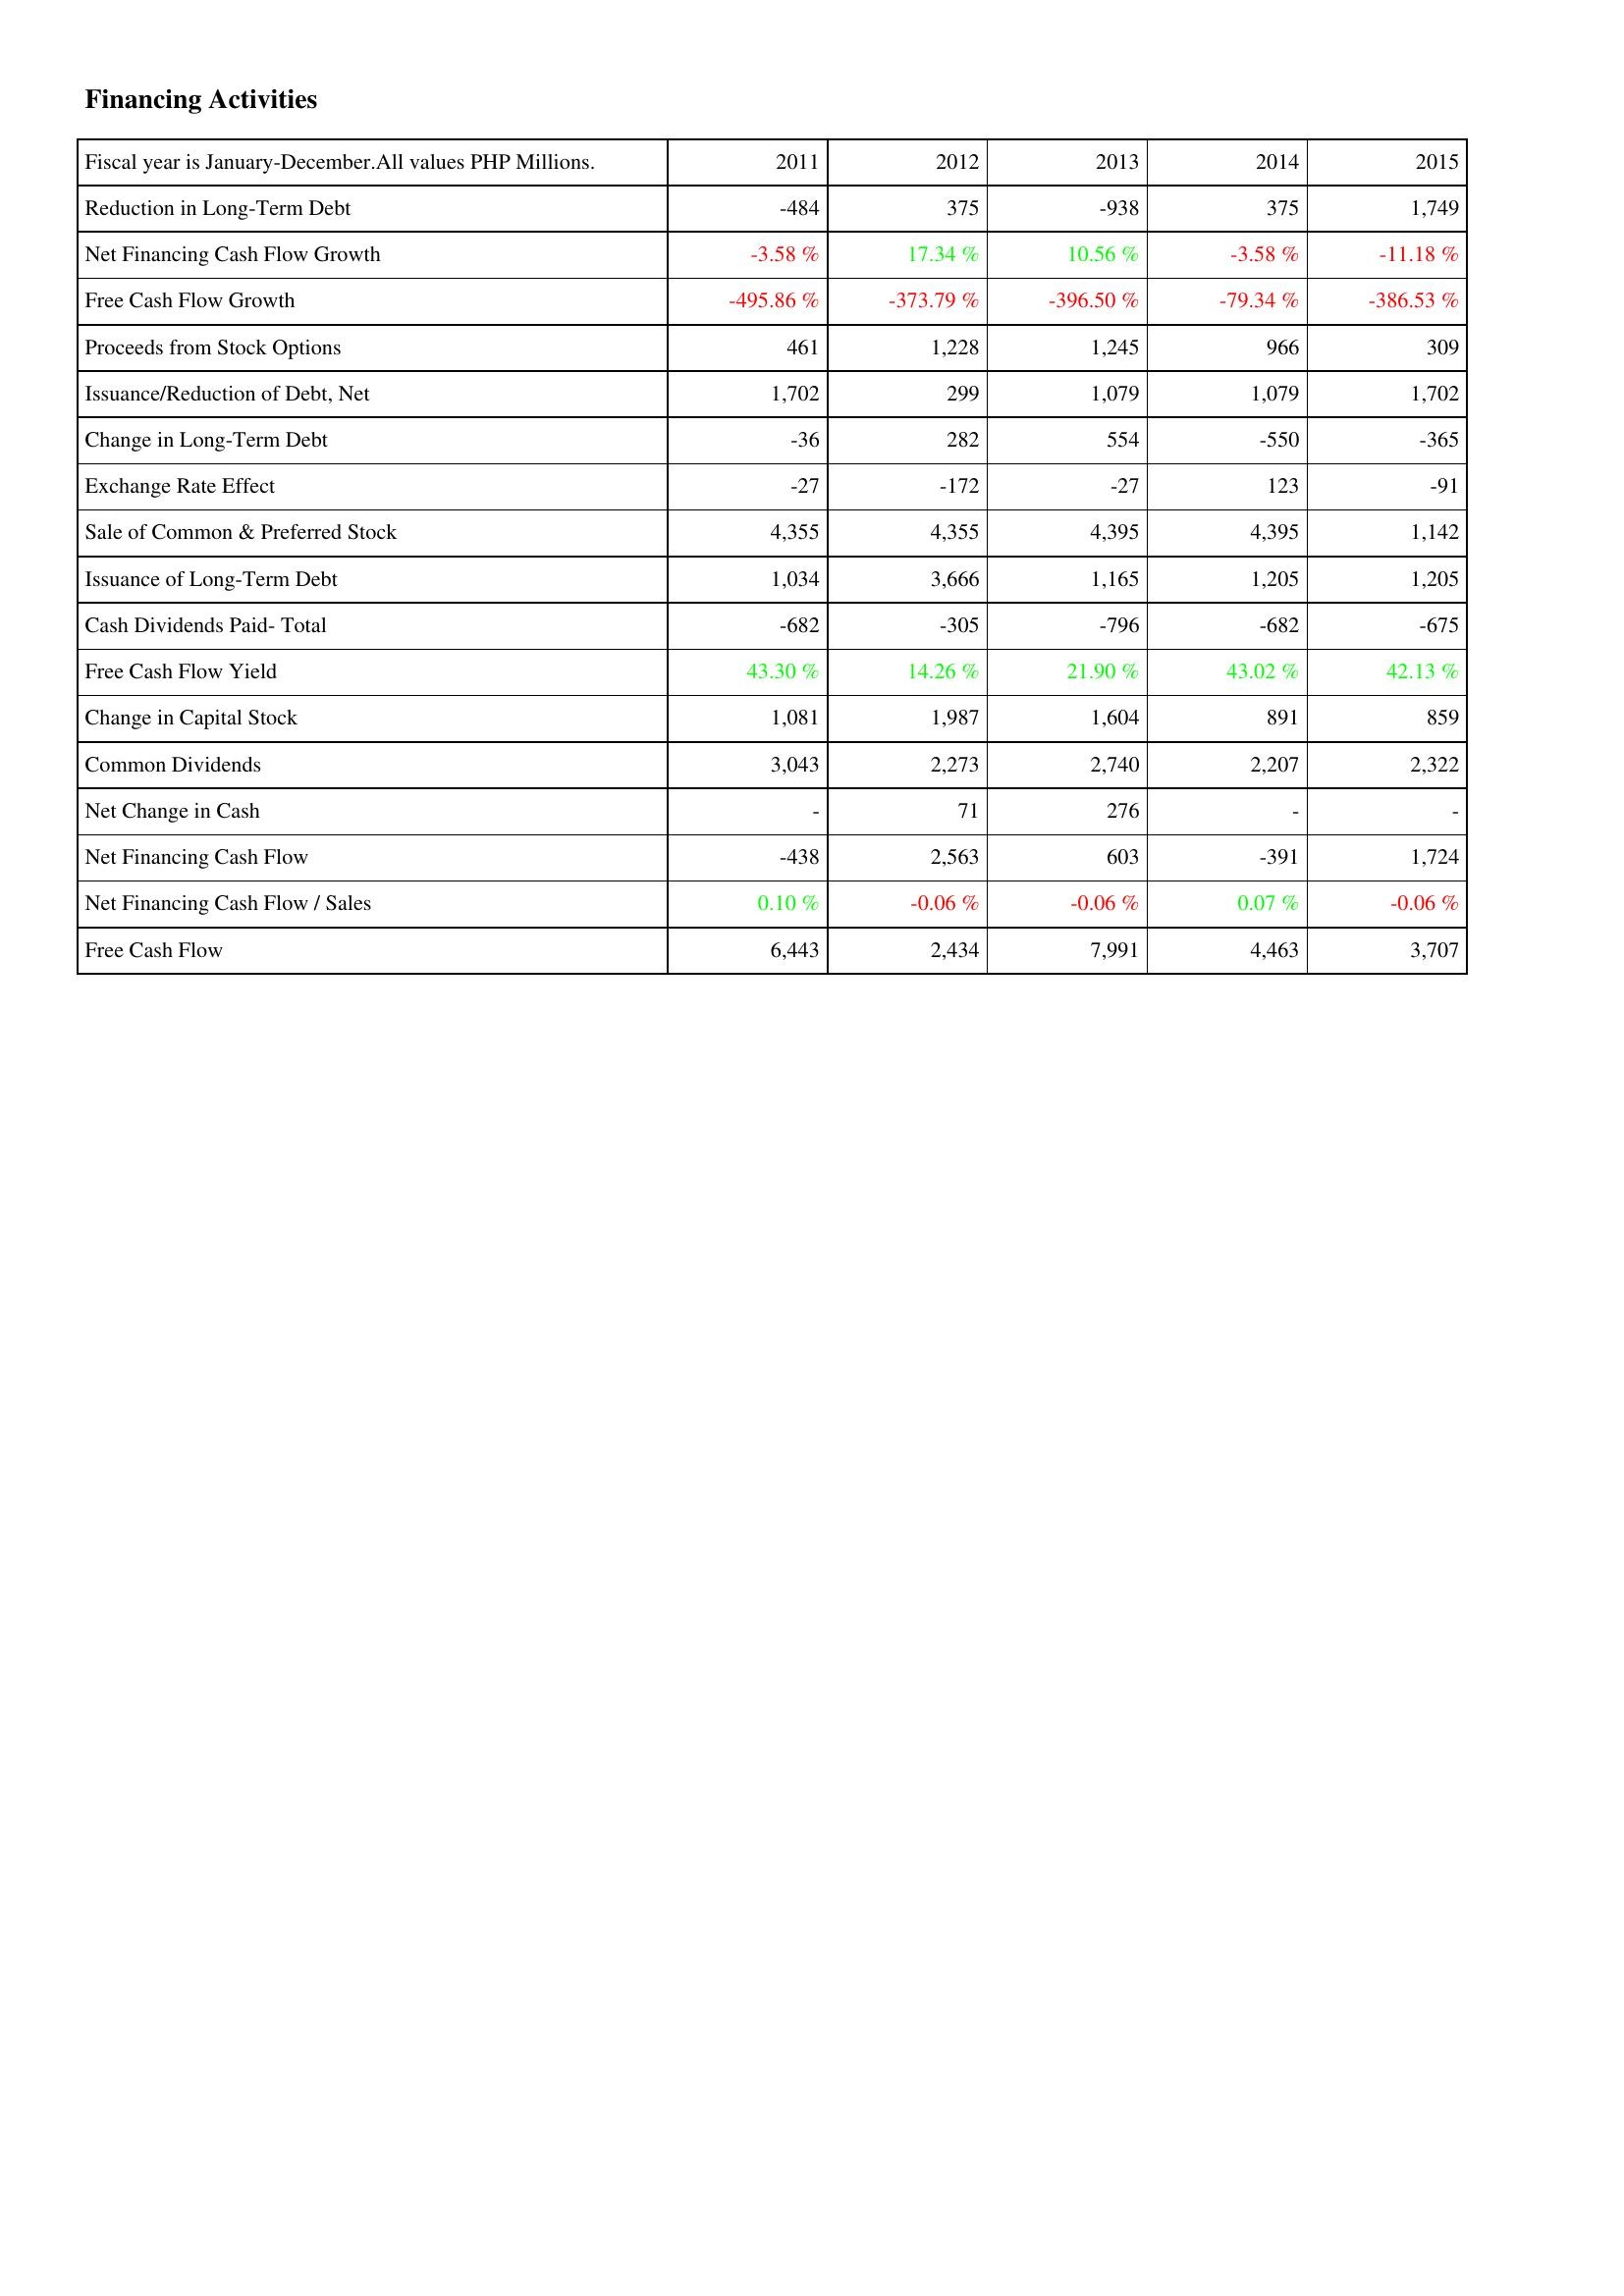
2011: Financing Activities: Reduction in Long-Term Debt: -484
Net Financing Cash Flow Growth: -3.58 %
Free Cash Flow Growth: -495.86 %
Proceeds from Stock Options: 461
Issuance/Reduction of Debt, Net: 1,702
Change in Long-Term Debt: -36
Exchange Rate Effect: -27
Sale of Common & Preferred Stock: 4,355
Issuance of Long-Term Debt: 1,034
Cash Dividends Paid- Total: -682
Free Cash Flow Yield: 43.30 %
Change in Capital Stock: 1,081
Common Dividends: 3,043
Net Change in Cash: -
Net Financing Cash Flow: -438
Net Financing Cash Flow / Sales: 0.10 %
Free Cash Flow: 6,443
2012: Financing Activities: Reduction in Long-Term Debt: 375
Net Financing Cash Flow Growth: 17.34 %
Free Cash Flow Growth: -373.79 %
Proceeds from Stock Options: 1,228
Issuance/Reduction of Debt, Net: 299
Change in Long-Term Debt: 282
Exchange Rate Effect: -172
Sale of Common & Preferred Stock: 4,355
Issuance of Long-Term Debt: 3,666
Cash Dividends Paid- Total: -305
Free Cash Flow Yield: 14.26 %
Change in Capital Stock: 1,987
Common Dividends: 2,273
Net Change in Cash: 71
Net Financing Cash Flow: 2,563
Net Financing Cash Flow / Sales: -0.06 %
Free Cash Flow: 2,434
2013: Financing Activities: Reduction in Long-Term Debt: -938
Net Financing Cash Flow Growth: 10.56 %
Free Cash Flow Growth: -396.50 %
Proceeds from Stock Options: 1,245
Issuance/Reduction of Debt, Net: 1,079
Change in Long-Term Debt: 554
Exchange Rate Effect: -27
Sale of Common & Preferred Stock: 4,395
Issuance of Long-Term Debt: 1,165
Cash Dividends Paid- Total: -796
Free Cash Flow Yield: 21.90 %
Change in Capital Stock: 1,604
Common Dividends: 2,740
Net Change in Cash: 276
Net Financing Cash Flow: 603
Net Financing Cash Flow / Sales: -0.06 %
Free Cash Flow: 7,991
2014: Financing Activities: Reduction in Long-Term Debt: 375
Net Financing Cash Flow Growth: -3.58 %
Free Cash Flow Growth: -79.34 %
Proceeds from Stock Options: 966
Issuance/Reduction of Debt, Net: 1,079
Change in Long-Term Debt: -550
Exchange Rate Effect: 123
Sale of Common & Preferred Stock: 4,395
Issuance of Long-Term Debt: 1,205
Cash Dividends Paid- Total: -682
Free Cash Flow Yield: 43.02 %
Change in Capital Stock: 891
Common Dividends: 2,207
Net Change in Cash: -
Net Financing Cash Flow: -391
Net Financing Cash Flow / Sales: 0.07 %
Free Cash Flow: 4,463
2015: Financing Activities: Reduction in Long-Term Debt: 1,749
Net Financing Cash Flow Growth: -11.18 %
Free Cash Flow Growth: -386.53 %
Proceeds from Stock Options: 309
Issuance/Reduction of Debt, Net: 1,702
Change in Long-Term Debt: -365
Exchange Rate Effect: -91
Sale of Common & Preferred Stock: 1,142
Issuance of Long-Term Debt: 1,205
Cash Dividends Paid- Total: -675
Free Cash Flow Yield: 42.13 %
Change in Capital Stock: 859
Common Dividends: 2,322
Net Change in Cash: -
Net Financing Cash Flow: 1,724
Net Financing Cash Flow / Sales: -0.06 %
Free Cash Flow: 3,707